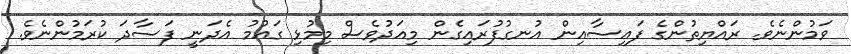
ވަމުންނެވެ. ރައްޔިތުންގެ ފައިސާއިން އުނގުފުރައިގެން މިއަދުވެސް މިމުޅި ގައުމު އެދަނީ ފަސާދަ ކުރަމުންނެވެ.